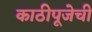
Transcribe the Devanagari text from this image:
काठीपूजेची